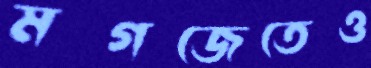
মগজেতেও